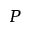
P